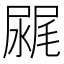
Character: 𰎂